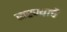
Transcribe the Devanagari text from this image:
करण्याचॆ